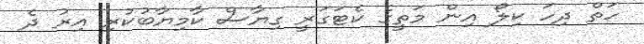
ހަތް ދިހަ ކިލޯ އިން މަތީގެ ކެޓަގަރީ ގިޔާސް ކާމިޔާބުކުރި އިރު ދެ